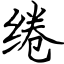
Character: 绻